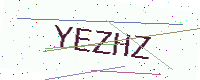
Text: YEZHZ